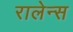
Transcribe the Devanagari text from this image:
रालेन्स